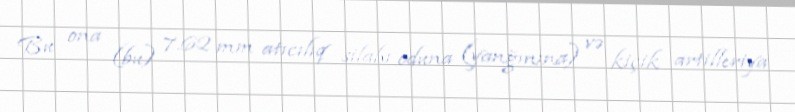
Bu ona (bu) 7.62 mm atıcılıq silahı oduna (yanğınına) və kiçik artilleriya